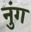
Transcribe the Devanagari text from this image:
नुंग